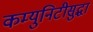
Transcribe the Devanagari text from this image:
कम्युनिटीसुद्धा